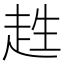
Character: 𧻊